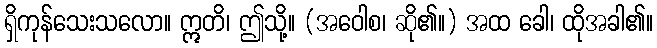
ရှိကုန်သေးသလော။ ဣတိ၊ ဤသို့။ (အဝေါစ၊ ဆို၏။) အထ ခေါ၊ ထိုအခါ၏။